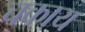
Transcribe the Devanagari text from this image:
चकाय